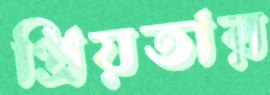
প্রিয়তার